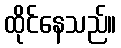
ထိုင်နေသည်။